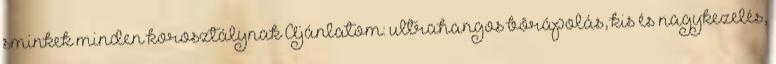
sminkek minden korosztálynak Ajánlatom: ultrahangos bôrápolás, kis és nagykezelés,